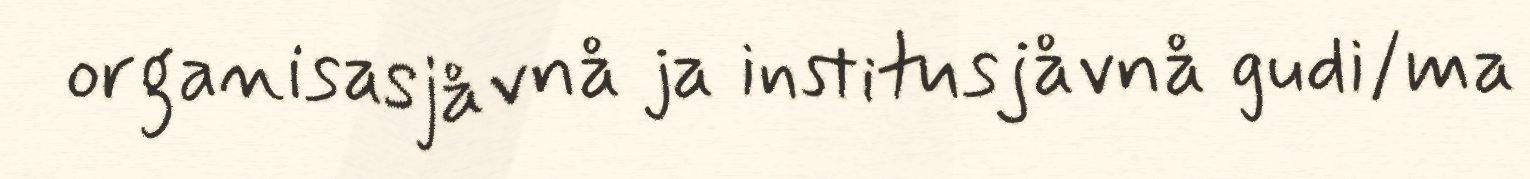
organisasjåvnå ja institusjåvnå gudi/ma